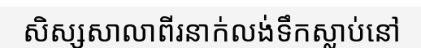
សិស្សសាលាពីរនាក់លង់ទឹកស្លាប់នៅ